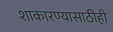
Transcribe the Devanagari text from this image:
शाकारण्यासाठीही